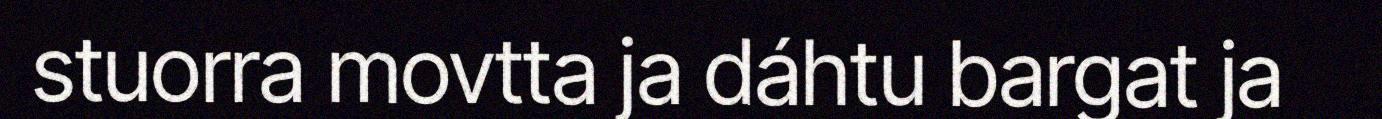
stuorra movtta ja dáhtu bargat ja